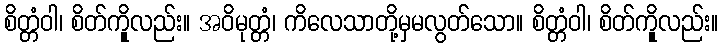
စိတ္တံဝါ၊ စိတ်ကိုူလည်း။ အဝိမုတ္တံ၊ ကိလေသာတို့မှမလွတ်သော။ စိတ္တံဝါ၊ စိတ်ကိုူလည်း။